Lunatic asylums United Provinces 1909-1921 - 1909-1921
Year: 1909
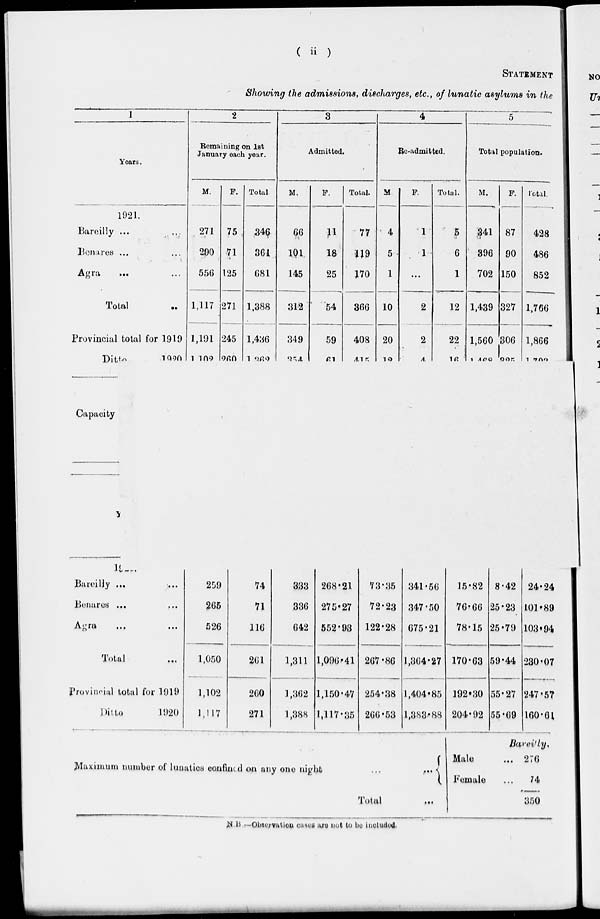
( ii )
STATEMENT
Showing the admissions, disc1i,arges, etc., of lunatic asyluma in the
1
2
3
4
5
Years.
Remaining on 1st
January oaoh your.
Admittod.
Rc-admittcd.
Total population.
M.
271
290
550
F.
75 .
71
125
271
245
9p,n
Total
M.
F.
Total.
M
4
5
1
10
20
10
F.
Total.
M.
F.
87
90
150
327
Total.
1921.
Baroilly ...
,,.
Benares ...
Agra
34^
361
081
66
1Q1
145
18
25
'54
77
w
170
1
1
5
■
6
1
.341
396
702
428
486
852
Total
1,117
1,388
1,436
1 Oft 9
312
366
2
2
A.
12 1,439
1,766
Provincial total for 1919
Ditto
i^o
1,191
1 1ft9
349
59
£1
408
AA r,
22
irt
1,560
1 AOQ
306 1,866
1 r»no
Capacity
lL r .
Bareiljy ...
Benares ...
A<;ru
•..
Total
Provincial total for 1919
Ditto
1920
74
333
71
336
116
042
201
1,311
200
] ,302
271
1,388
268- 21
275* 27
552' 93
1,090 '41
1,150-47
1,117 •35
341-50
347-50
075-21
1,304-27
,404 «85
1,888' 88
8-42
25-23
25-79
24-24
101*89
103i94
230'07
55-27 247-57
55-09 160-61
JMaxiiuuin nunibor of lunatics confined on any ono niyht
,
Total
...
Male
l r omalo
UareiUy,
... 270
...
74
350
■
■
Jtf.H - -Observation case* axo not to bo included.